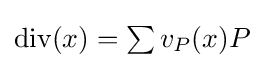
{\textstyle {\text{div}}(x)=\sum v_{P}(x)P}